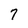
Character: 7